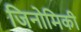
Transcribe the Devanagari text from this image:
जिनोमिकी